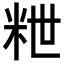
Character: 𥹑